Civil Veterinary Department. United Provinces 1932-42 - 1932-1942
Year: 1932
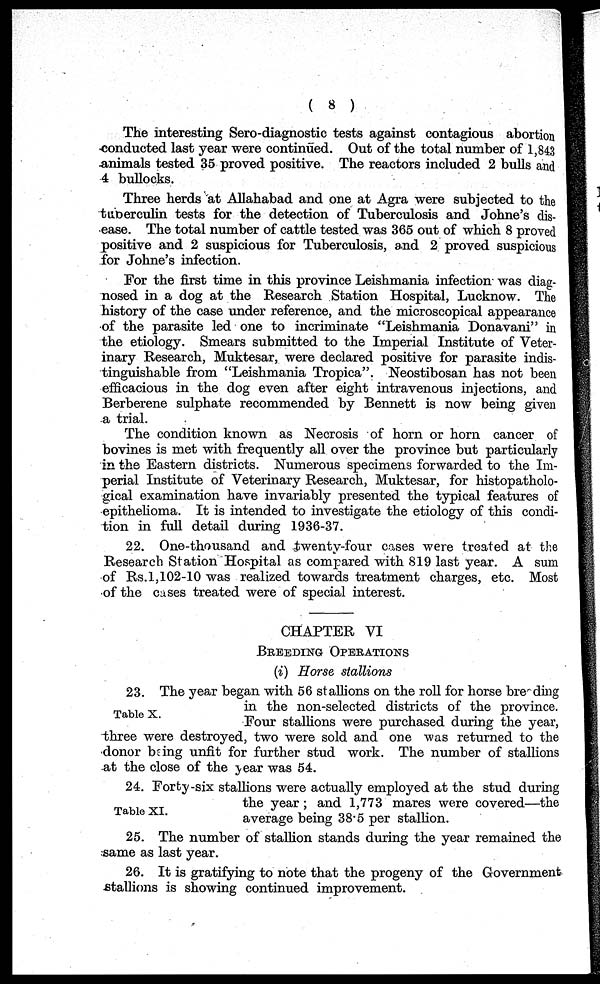
(8)
The interesting Sero-diagnostic tests against contagious abortion
conducted last year were continued. Out of the total number of 1,843
animals tested 35 proved positive. The reactors included 2 bulls and
4 bullocks.
Three herds at Allahabad and one at Agra were subjected to the
tuberculin tests for the detection of Tuberculosis and Johne's dis-
ease. The total number of cattle tested was 365 out of which 8 proved
positive and 2 suspicious for Tuberculosis, and 2 proved suspicious
for Johne's infection.
For the first time in this province Leishmania infection was diag-
nosed in a dog at the Research Station Hospital, Lucknow. The
history of the case under reference, and the microscopical appearance
of the parasite led one to incriminate "Leishmania Donavani" in
the etiology. Smears submitted to the Imperial Institute of Veter-
inary Research, Muktesar, were declared positive for parasite indis-
tinguishable from "Leishmania Tropica". Neostibosan has not been
efficacious in the dog even after eight intravenous injections, and
Berberene sulphate recommended by Bennett is now being given
a trial.
The condition known as Necrosis of horn or horn cancer of
bovines is met with frequently all over the province but particularly
in the Eastern districts. Numerous specimens forwarded to the Im-
perial Institute of Veterinary Research, Muktesar, for histopatholo-
gical examination have invariably presented the typical features of
epithelioma. It is intended to investigate the etiology of this condi-
tion in full detail during 1936-37.
22. One-thousand and twenty-four cases were treated at the
Research Station Hospital as compared with 819 last year. A sum
of Rs.1,102-10 was realized towards treatment charges, etc. Most
of the cases treated were of special interest.
CHAPTER VI
BREEDING OPERATIONS
(i) Horse stallions
Table X.
23. The year began with 56 stallions on the roll for horse breeding
in the non-selected districts of the province.
Four stallions were purchased during the year,
three were destroyed, two were sold and one was returned to the
donor being unfit for further stud work. The number of stallions
at the close of the year was 54.
Table XI.
24. Forty-six stallions were actually employed at the stud during
the year ; and 1,773 mares were covered—the
average being 38.5 per stallion.
25. The number of stallion stands during the year remained the
same as last year.
26. It is gratifying to note that the progeny of the Government
-stallions is showing continued improvement.